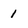
Character: 1